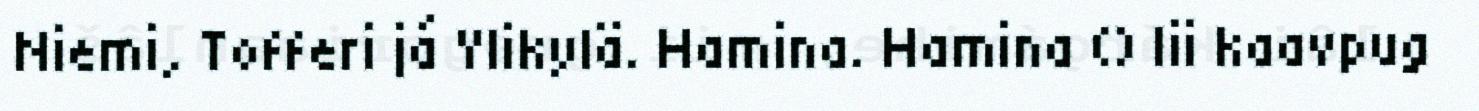
Niemi, Tofferi já Ylikylä. Hamina. Hamina () lii kaavpug